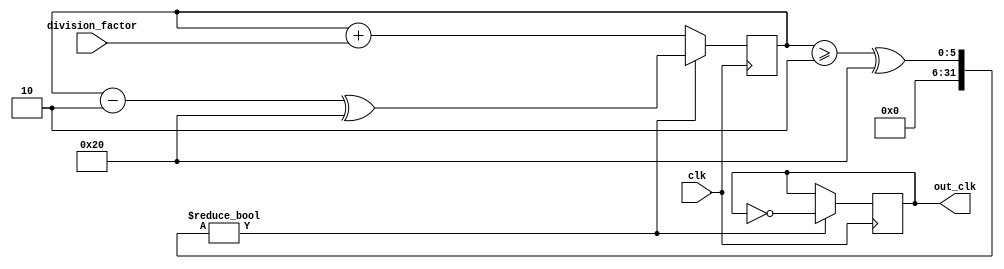
module floating_point_clock_divider (
    input clk,                   // input clock signal
    input [31:0] division_factor, // floating point division factor
    output reg out_clk           // output clock signal
);

reg [63:0] counter;
reg [31:0] divider;

always @ (posedge clk) begin
    counter <= counter + division_factor;
  
    if (counter >= 2^32) begin
        out_clk <= ~out_clk;
        counter <= counter - 2^32;
    end
end

endmodule